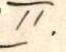
II